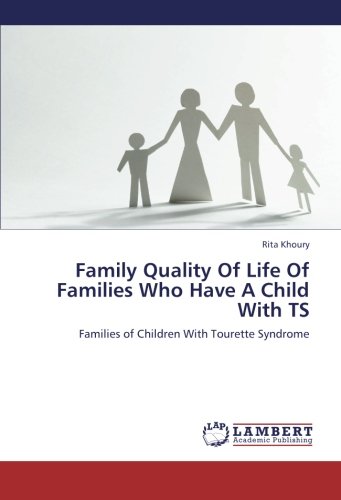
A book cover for Family Quality Of Life Of Families Who Have A Child With TS: Families of Children With Tourette Syndrome; Rita Khoury; Health, Fitness & Dieting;